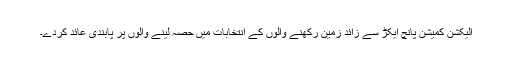
الیکشن کمیشن پانچ ایکڑ سے زائد زمین رکھنے والوں کے انتخابات میں حصہ لینے والوں پر پابندی عائد کردے۔